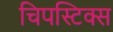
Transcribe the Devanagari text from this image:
चिपस्टिक्स